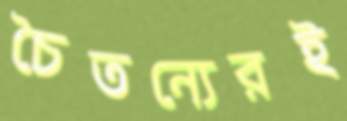
চৈতন্যেরই